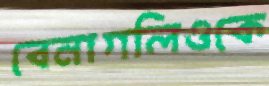
বেনাগলিওকে